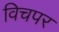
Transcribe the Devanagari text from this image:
विचपर